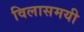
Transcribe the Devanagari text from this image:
विलासमयी